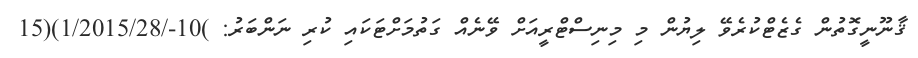
ޤާނޫނީގޮތުން ގެޒެޓްކުރެވޭ ލިޔުން މި މިނިސްޓްރީއަށް ވޭނެއް ގަތުމަށްޓަކައި ކުރި ނަންބަރު: )10-/1/2015/28)(15